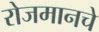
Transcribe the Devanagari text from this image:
रोजमानचे